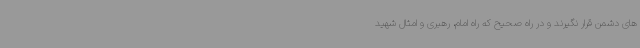
های دشمن قرار نگیرند و در راه صحیح که راه امام، رهبری و امثال شهید